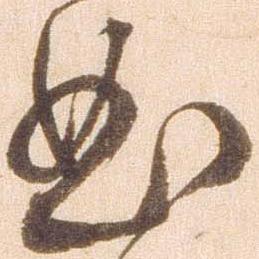
曲